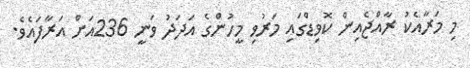
މި މަރާއެކު ރާއްޖެއިން ކޮވިޑްގައި މަރުވި މީހުންގެ އަދަދު ވަނީ 236އަށް އަރާފައެވެ.